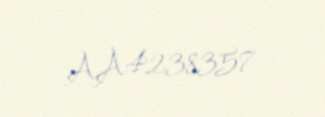
AA4238357